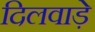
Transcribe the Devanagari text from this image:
दिलवाड़े